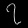
Digit: ၇